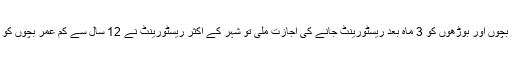
پچھلے ویک اینڈ پر بچوں اور بوڑھوں کو 3 ماہ بعد ریسٹورینٹ جانے کی اجازت ملی تو شہر کے اکثر ریسٹورینٹ نے 12 سال سے کم عمر بچوں کو مفت کھانا پیش کیا۔